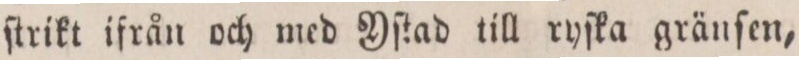
ſtrikt ifrån och med Yſtad till ryſka gränſen,